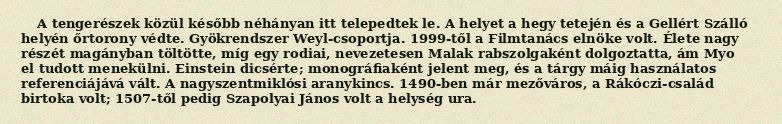
A tengerészek közül később néhányan itt telepedtek le. A helyet a hegy tetején és a Gellért Szálló helyén őrtorony védte. Gyökrendszer Weyl-csoportja. 1999-től a Filmtanács elnöke volt. Élete nagy részét magányban töltötte, míg egy rodiai, nevezetesen Malak rabszolgaként dolgoztatta, ám Myo el tudott menekülni. Einstein dicsérte; monográfiaként jelent meg, és a tárgy máig használatos referenciájává vált. A nagyszentmiklósi aranykincs. 1490-ben már mezőváros, a Rákóczi-család birtoka volt; 1507-től pedig Szapolyai János volt a helység ura.